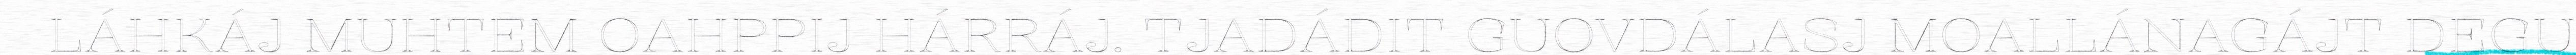
LÁHKÁJ MUHTEM OAHPPIJ HÁRRÁJ. TJADÁDIT GUOVDÁLASJ MOALLÁNAGÁJT DEGU